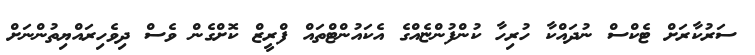
ސަރުކާރަށް ޓެކްސް ނުދައްކާ ހުރިހާ ކުންފުންޏެއްގެ އެކައުންޓްތައް ފްރީޒް ކޮށްގެން ވެސް ދިވެހިރައްޔިތުންނަށް